Report on the administration of the Government Cinchona Department 1892-98
Year: 1892
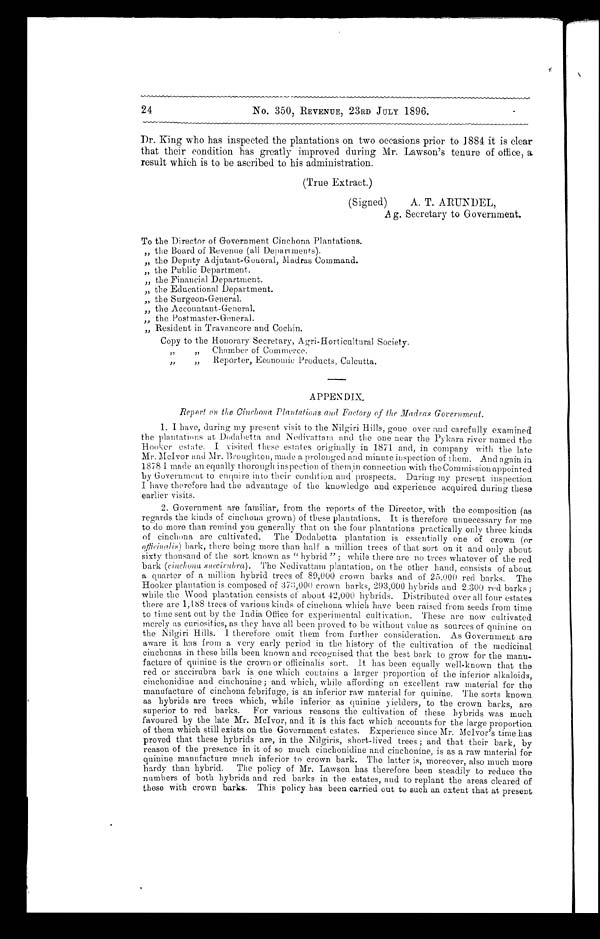
24 No. 350, REVENUE, 23RD JULY 1896.
Dr. King who has inspected the plantations on two occasions prior to 1884 it is clear
that their condition has greatly improved during Mr. Lawson's tenure of office, a
result which is to be ascribed to his administration.
(True Extract.)
(Signed) A. T. ARUNDEL,
A g. Secretary to Government.
To the Director of Government Cinchona Plantations.
„ the Board of Revenue (all Departments).
„ the Deputy Adjutant-General, Madras Command.
„ the Public Department.
,, the Financial Department.
,, the Educational Department.
„ the Surgeon-General.
„ the Accountant-General.
3) the Postmaster-General.
„ Resident in Travancore and Cochin.
Copy to the Honorary Secretary, Agri-Horticultural Society.
,, ,, Chamber Of Commerce.
,, ,, Reporter, Economic Products, Calcutta.
APPENDIX.
Report on the Cinchona Plantations and Foctory of the Madras Government.
1. I have, during my present visit to the Nilgiri Hills, gone over and carefully examined
the plantations at Dodabetta and Nedivattain and the one near the Pykara river named the
Hooker estate. I visited these estates originally in 1871 and, in company with the late
Mr. McIvor and Mr. Broughton, made a prolonged and minute inspection of them. And again in.
1878 I made an equally thorough inspection of themin connection with the Commission appointed
by Government to enquire into their condition and prospects. During my present inspection
I have therefore had the advantage of the knowledge and experience acquired during these
earlier visits.
2. Government are familiar, from the reports of the Director, with the composition (as
regards the kinds of cinchona grown) of these plantations. It is therefore unnecessary for me
to do more than remind you generally that on the four plantations practically only three kinds
of cinchona are cultivated. The Dodabetta plantation is essentially one of crown (or
o f
f i c i n a l i s )
b a r k , t h e r e b e i n g m o r e t h a n h a l f a . m i l l i o n t r e e s o f t h a t s o r t o n i t a n d o n l y a b o u t
sixty thousand of the sort known as " hybrid " ; while there are no trees whatever of the red
bark (cinchona succirubra). The Nedivattam plantation, on the other hand, consists of about
a quarter of a million hybrid trees of 89,000 crown barks and of 25,000 red barks. The
Hooker plantation is composed of 373,000 crown barks, 293,000 hybrids and 2,300 red barks ;
while the Wood plantation consists of about 42,000 hybrids. Distributed over all four estates
there are 1,188 trees of various kinds of cinchona which have been raised from seeds from time
to time sent out by the India Office for experimental cultivation. These are now cultivated
merely as curiosities, as they have all been proved to be without value as sources of quinine on
the Nilgiri Hills. I therefore omit them from further consideration. As Government are
aware it has from a very early period in the history of the cultivation of the medicinal
cinchonas in these hills been known and recognised that the best bark to grow for the manu
facture of quinine is the crown or officinalis sort. It has been equally well-known that the
red or succirubra bark is one which contains a larger proportion of the inferior alkaloids,
cinchonidine and cinchonine ; and which, while affording an excellent raw material for the
manufacture of cinchona febrifuge, is an inferior raw material for quinine. The sorts known
as hybrids are trees which, while inferior as quinine yielders, to the crown barks, are
superior to red barks. For various reasons the cultivation of these hybrids was much
favoured by the late Mr. McIvor, and it is this fact which accounts for the large proportion
of them which still exists on the Government estates. Experience since Mr. McIvor's time has
proved that these hybrids are, in the Nilgiris, short-lived trees ; and that their bark, by
reason of the presence in it of so much cinchonidine and cinchonine, is as a raw material for
quinine manufacture much inferior to crown bark. The latter is, moreover, also much more
hardy than hybrid. The policy of Mr. Lawson has therefore been steadily to reduce the
numbers of both hybrids and red barks in the estates, and to replant the areas cleared of
these with crown barks. This policy has been carried out to such an extent that at present